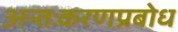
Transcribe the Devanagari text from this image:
अन्तःकरणप्रबोध